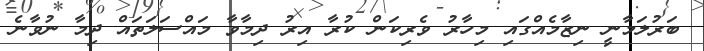
ބަރުލަމާނީ ނިޒާމެއްގައި މިހާރު ވެރިކަން ކުރާ އިރު ދިމާވާ މައްސަލަތައް ދިމާ ނުވާނެ